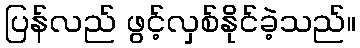
ပြန်လည် ဖွင့်လှစ်နိုင်ခဲ့သည်။